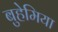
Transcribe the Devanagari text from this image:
बुहेमिया